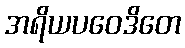
အရိယပဝေဒိတေ